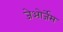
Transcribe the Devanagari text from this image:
जेओर्जेस